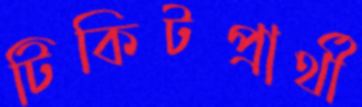
টিকিটপ্রার্থী